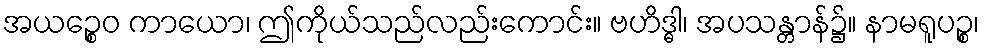
အယဉ္စေဝ ကာယော၊ ဤကိုယ်သည်လည်းကောင်း။ ဗဟိဒ္ဓါ၊ အပသန္တာန်၌။ နာမရူပဉ္စ၊